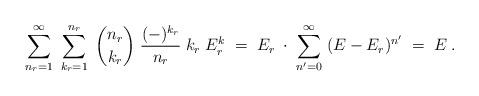
LaTeX: \begin{align*}\ \sum_{n_r=1}^\infty\;\sum_{k_r=1}^{n_r}\;{n_r \choose k_r}\;\frac{(-)^{k_r}}{n_r}\;k_r\;E_r^k\;=\;E_r\;\cdot\;\sum_{n'=0}^\infty\;(E-E_r)^{n'}\;=\;E\;.\end{align*}